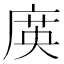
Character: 㢍